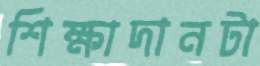
শিক্ষাদানটা